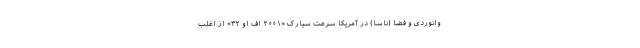
وانوردی و فضا (ناسا) در آمریکا سرعت سیارک «۲۰۰۱ اف او ۳۲» از اغلب